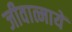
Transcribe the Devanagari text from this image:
जीवात्मायें